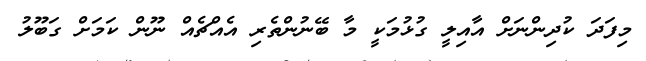
މިފަދަ ކުދިންނަށް އާއިލީ ގުޅުމަކީ މާ ބޭނުންތެރި އެއްޗެއް ނޫން ކަމަށް ގަބޫލު